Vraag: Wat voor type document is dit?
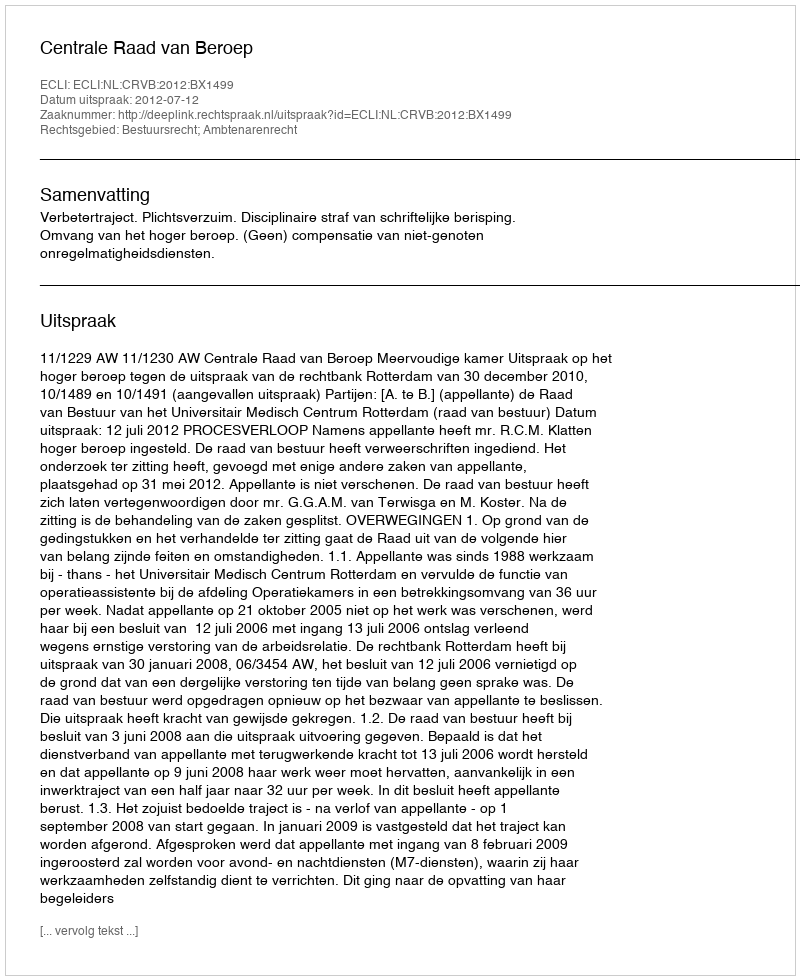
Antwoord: Uitspraak